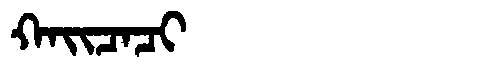
Manchu: ᡴᠠᡳᠴᠠᠴᡳ
Romanization: KAICACI